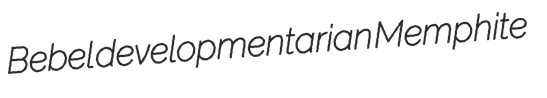
Bebel developmentarian Memphite